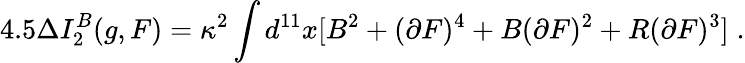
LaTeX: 4.5\Delta I_{2}^{B}(g,F)=\kappa^{2}\int d^{11}x[B^{2}+(\partial F)^{4}+B(\partial F)^{2}+R(\partial F)^{3}]\; .